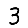
Digit: 3